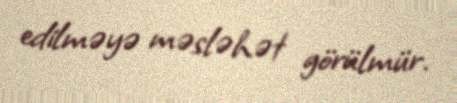
edilməyə məsləhət görülmür.